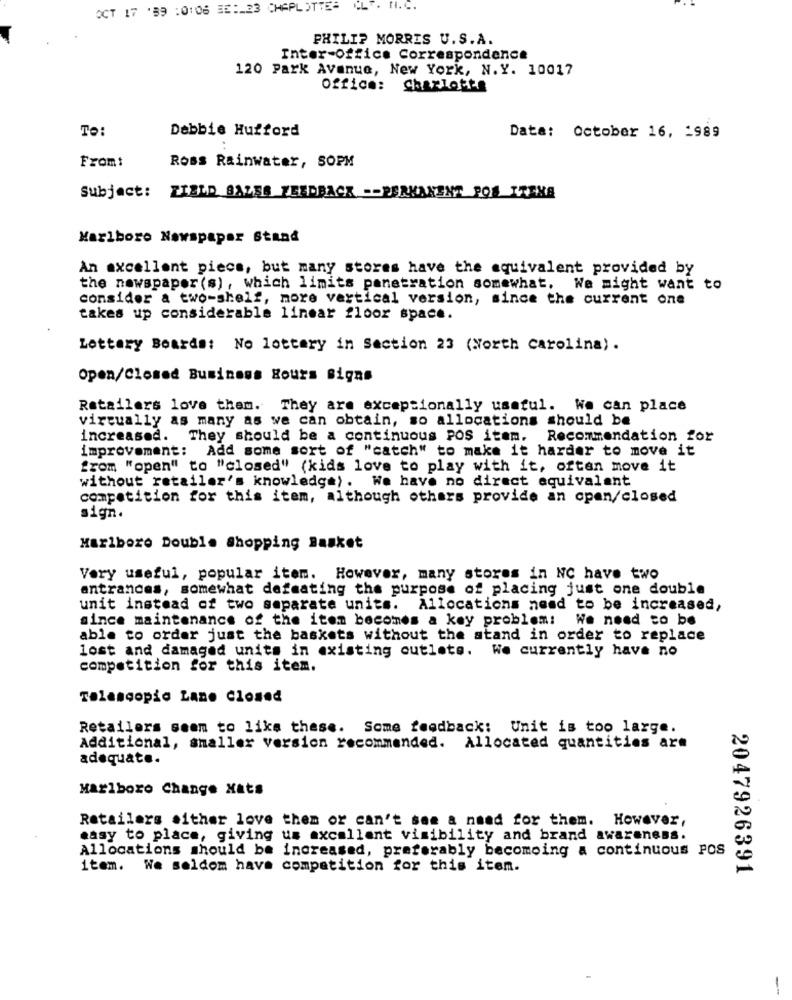
OCT 17 '89 :0:06 #5 :- 23 CHAPLOTTE-
CLT. N. C.
PHILIP MORRIS U.S.A.
Inter-Office Correspondence
120 Park Avenue, New York, N.Y. 10017
Office: Charlotte
TO:
Debbie Hufford
Data: October 16, 1989
From:
Ross Rainwater, SOPM
Subject:
FIELD SALES FEEDBACK -- PERKAMENT POR TTERE
Marlboro Newspaper Stand
An excellent piece, but many stores have the equivalent provided by
the newspaper (s), which limits penetration somewhat. We might want to
consider a two-shelf, more vertical version, since the current one
takes up considerable linear floor space.
Lottery Boards: No lottery in Section 23 (North carolina).
Open/Closed Business Hours signs
Retailers love them. They are exceptionally useful. We can place
virtually as many as we can obtain, so allocations should be
increased.
They should be a continuous POS item. Recommendation for
improvement: Add some sort of "catch" to make it harder to move it
from "open" to "closed" (kids love to play with it, often move it
without retailer's knowledge). We have no direct aquivalant
competition for this item, although others provide an open/closed
sign.
Marlboro Double Shopping Basket
Very useful, popular item. However, many stores in NC have two
entrances, somewhat defeating the purpose of placing just one double
unit instead of two separate units. Allocations need to be increased,
since maintenance of the item becomes a key problem: We need to be
able to order just the baskets without the stand in order to replace
lost and damaged units in existing outlets. We currently have no
competition for this item.
Telescopio Lane Closed
Retailers seem to like these. Some feedback: Unit is too large.
Additional, smaller version recommended. Allocated quantities are
adequate.
Marlboro Change Xats
Retailers aither love them or can't see a naad for them. However,
easy to place, giving us excellent visibility and brand awareness.
Allocations should be increased, preferably becomoing a continuous Pos
item. We seldom have competition for this item.
2047926391